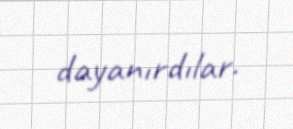
dayanırdılar.